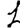
Digit: 1